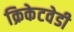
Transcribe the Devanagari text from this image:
क्रिकेटवेडी